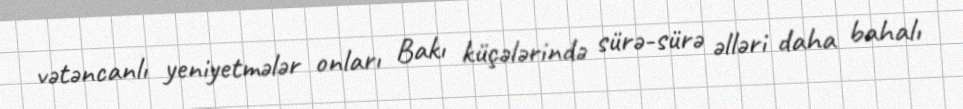
vətəncanlı yeniyetmələr onları Bakı küçələrində sürə-sürə əlləri daha bahalı